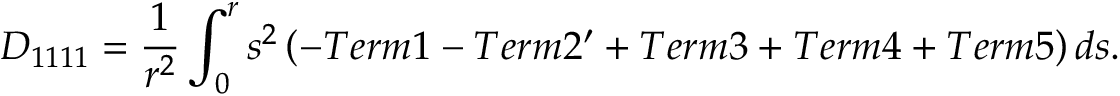
D _ { 1 1 1 1 } = \frac { 1 } { r ^ { 2 } } \int _ { 0 } ^ { r } s ^ { 2 } \left( - T e r m 1 - T e r m { 2 ^ { \prime } } + T e r m 3 + T e r m 4 + T e r m 5 \right) d s .